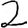
Digit: 2